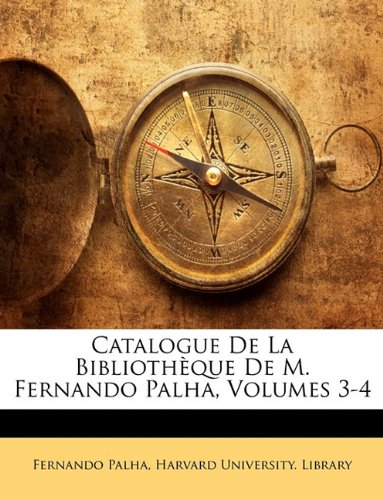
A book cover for Catalogue De La BibliothÃ¨que De M. Fernando Palha, Volumes 3-4 (French Edition); Fernando Palha; Crafts, Hobbies & Home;